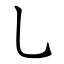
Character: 乚